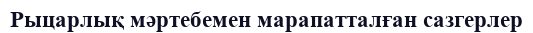
Рыцарлық мәртебемен марапатталған сазгерлер